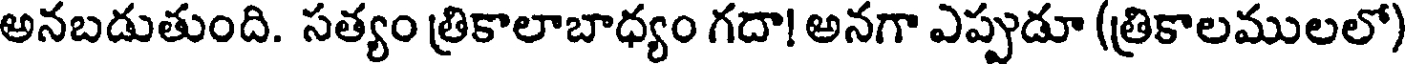
అనబడుతుంది. సత్యం త్రికాలాబాధ్యం గదా! అనగా ఎప్పుడూ (త్రికాలములలో)